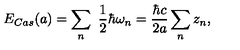
E _ { C a s } ( a ) = \sum _ { n } \ \frac { 1 } { 2 } \hbar \omega _ { n } = \frac { \hbar c } { 2 a } \sum _ { n } z _ { n } ,